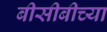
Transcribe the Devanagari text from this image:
बीसीबीच्या